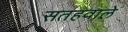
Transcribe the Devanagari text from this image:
सतहवाले